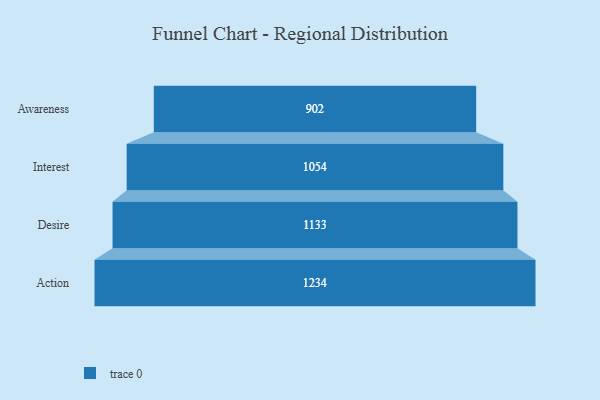
{"axis": {"x": "Stage", "y": "Value"}, "legend": [""], "data": [{"x": "Awareness", "y": 902.0, "type": ""}, {"x": "Interest", "y": 1054.0, "type": ""}, {"x": "Desire", "y": 1133.0, "type": ""}, {"x": "Action", "y": 1234.0, "type": ""}]}